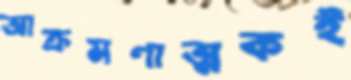
আক্রমণাত্মকই